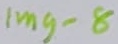
Text: Img-8